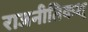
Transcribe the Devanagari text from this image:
राजनीतिकश्